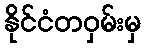
နိုင်ငံတဝှမ်းမှ